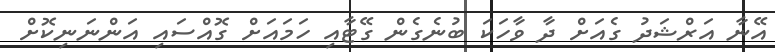
އޭނާ އަރްޝަދު ގެއަށް ދާ ވާހަކަ ބުނެގެން ގޭޓާއި ހަމައަށް ގޮއްސައި އަންނަނިކޮށް